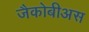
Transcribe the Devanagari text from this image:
जैकोबीअस